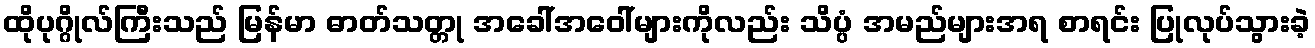
ထိုပုဂ္ဂိုလ်ကြီးသည် မြန်မာ ဓာတ်သတ္တု အခေါ်အဝေါ်များကိုလည်း သိပ္ပံ အမည်များအရ စာရင်း ပြုလုပ်သွားခဲ့